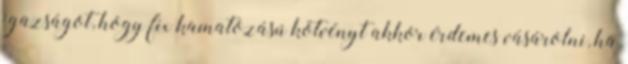
igazságot, hogy fix kamatozású kötvényt akkor érdemes vásárolni, ha